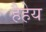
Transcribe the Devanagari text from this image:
हैहेय